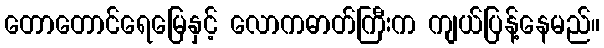
တောတောင်ရေမြေနှင့် လောကဓာတ်ကြီးက ကျယ်ပြန့်နေမည်။